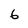
Character: 6